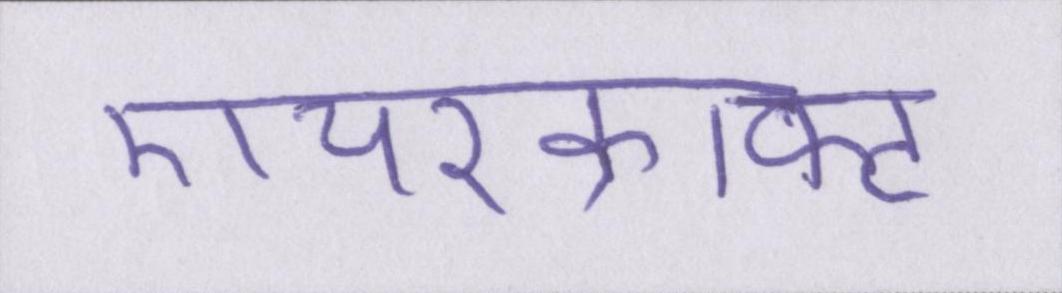
एयरक्राफ्ट